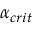
\alpha _ { c r i t }